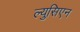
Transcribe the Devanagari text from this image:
ल्युसिएन